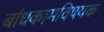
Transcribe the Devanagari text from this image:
बांधकामविषयक